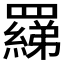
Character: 𦌢